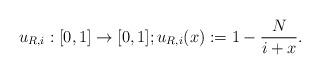
LaTeX: \begin{align*} u_{R,i}: [0, 1] \rightarrow [0, 1]; u_{R,i}(x) := 1 - \frac{N}{i + x}.\end{align*}